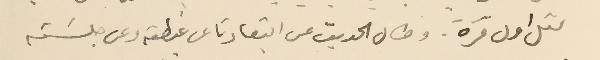
مثل اول مرة. وطال الحديث عن ابتعادنا عن غبطته وعن جلسَته